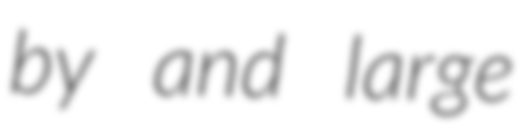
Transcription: by and large